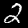
Label: 2